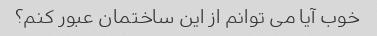
خوب آیا می توانم از این ساختمان عبور کنم؟